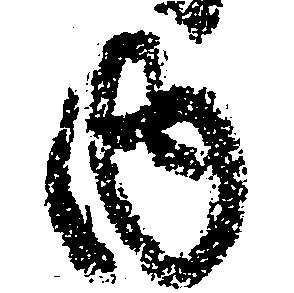
内